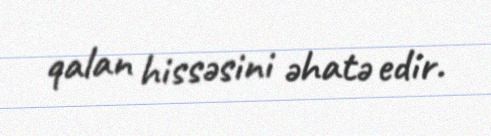
qalan hissəsini əhatə edir.